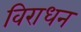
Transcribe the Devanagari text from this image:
विराधन